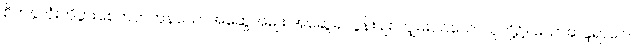
စိတ်နှလုံးကိုပွားစေတတ်ကုန်သောအဆွေအမျိုး အဆွေခင်ပွန်းချစ်ကျွမ်းဝင်သောသူတို့၌။ ယောဆန္ဒရာဂေါ၊